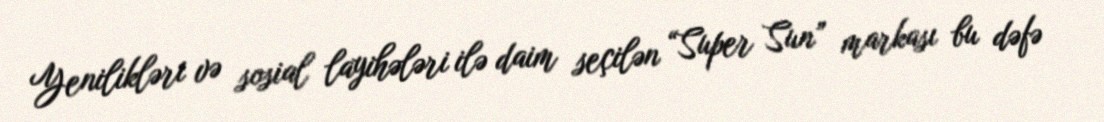
Yenilikləri və sosial layihələri ilə daim seçilən “Super Sun” markası bu dəfə